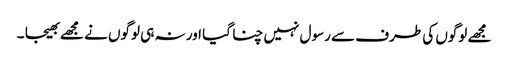
مجھے لوگوں کی طرف سے رسول نہیں چنا گیا اور نہ ہی لوگوں نے مجھے بھیجا ۔